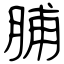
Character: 脯